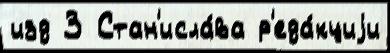
изд 3 Стан'исла́ва р'еда́кциjи